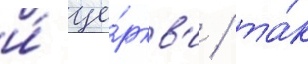
и́ це́ркв'и / та́к